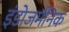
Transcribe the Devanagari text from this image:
इंडोजर्मनिक